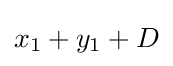
x_{1}+y_{1}+D